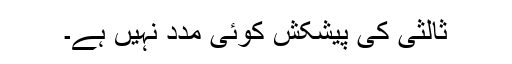
ثالثی کی پیشکش کوئی مدد نہیں ہے۔